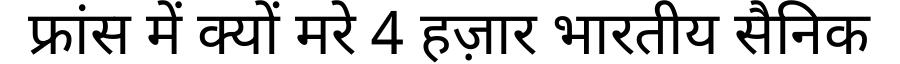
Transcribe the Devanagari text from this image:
फ्रांस में क्यों मरे 4 हज़ार भारतीय सैनिक